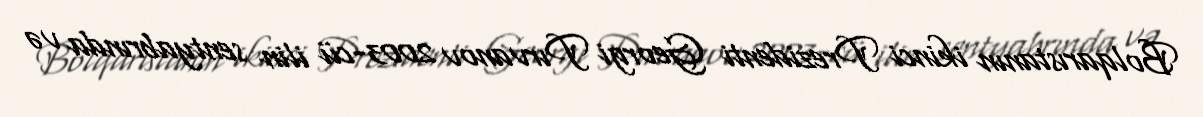
Bolqarıstanın ikinci Prezidenti Georgi Pırvanov 2003-cü ilin sentyabrında və